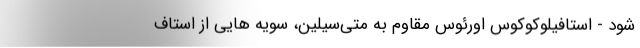
شود - استافیلوکوکوس اورئوس مقاوم به متی‌سیلین، سویه هایی از استاف